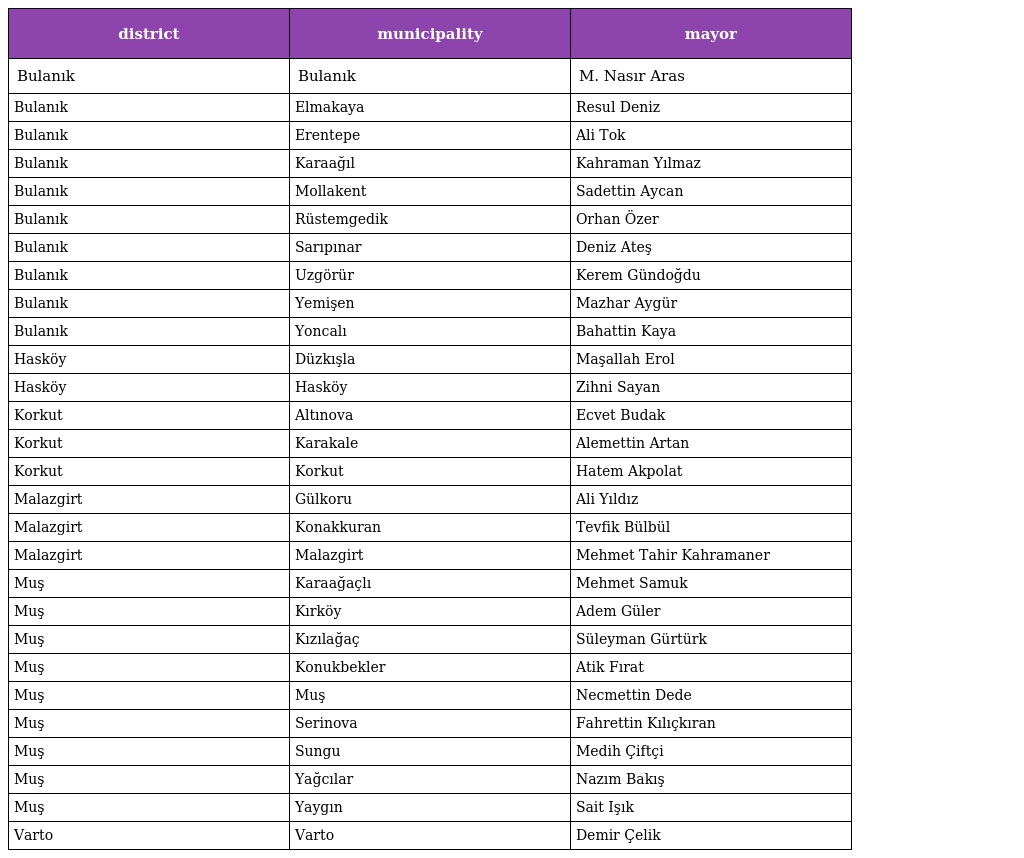
| district | municipality | mayor |
 | --- | --- | --- |
 | Bulanık | Bulanık | M. Nasır Aras |
 | Bulanık | Elmakaya | Resul Deniz |
 | Bulanık | Erentepe | Ali Tok |
 | Bulanık | Karaağıl | Kahraman Yılmaz |
 | Bulanık | Mollakent | Sadettin Aycan |
 | Bulanık | Rüstemgedik | Orhan Özer |
 | Bulanık | Sarıpınar | Deniz Ateş |
 | Bulanık | Uzgörür | Kerem Gündoğdu |
 | Bulanık | Yemişen | Mazhar Aygür |
 | Bulanık | Yoncalı | Bahattin Kaya |
 | Hasköy | Düzkışla | Maşallah Erol |
 | Hasköy | Hasköy | Zihni Sayan |
 | Korkut | Altınova | Ecvet Budak |
 | Korkut | Karakale | Alemettin Artan |
 | Korkut | Korkut | Hatem Akpolat |
 | Malazgirt | Gülkoru | Ali Yıldız |
 | Malazgirt | Konakkuran | Tevfik Bülbül |
 | Malazgirt | Malazgirt | Mehmet Tahir Kahramaner |
 | Muş | Karaağaçlı | Mehmet Samuk |
 | Muş | Kırköy | Adem Güler |
 | Muş | Kızılağaç | Süleyman Gürtürk |
 | Muş | Konukbekler | Atik Fırat |
 | Muş | Muş | Necmettin Dede |
 | Muş | Serinova | Fahrettin Kılıçkıran |
 | Muş | Sungu | Medih Çiftçi |
 | Muş | Yağcılar | Nazım Bakış |
 | Muş | Yaygın | Sait Işık |
 | Varto | Varto | Demir Çelik |